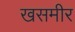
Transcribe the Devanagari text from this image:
खसमीर